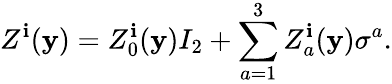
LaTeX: Z^{\mathbf{i}}(\mathbf{y})=Z_{0}^{\mathbf{i}}(\mathbf{y})I_{2}+\sum_{a=1}^{3}Z_{a}^{\mathbf{i}}(\mathbf{y})\sigma^{a}.